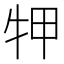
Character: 𤙇